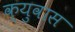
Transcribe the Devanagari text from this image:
क्युवास